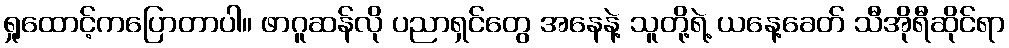
ရှုထောင့်ကပြောတာပါ။ ဖာဂူဆန်လို ပညာရှင်တွေ အနေနဲ့ သူတို့ရဲ့ ယနေ့ခေတ် သီအိုရီဆိုင်ရာ